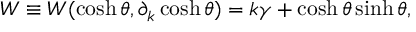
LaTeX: W \equiv W ( \cosh \theta , \partial _ { k } \cosh \theta ) = k \gamma + \cosh \theta \sinh \theta ,